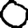
Digit: 0